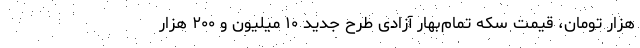
هزار تومان، قیمت سکه تمام‌بهار آزادی طرح جدید ۱۰ میلیون و ۲۰۰ هزار